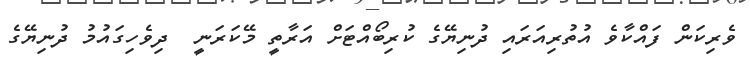
ވެރިކަން ފައްކާވެ އުތުރިއަރައި ދުނިޔޭގެ ކުރިބޯއްޓަށް އަރާތީ މޭކަރަނީ  ދިވެހިގައުމު ދުނިޔޭގެ